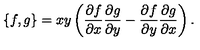
\{ f , g \} = x y \left( \frac { \partial f } { \partial x } \frac { \partial g } { \partial y } - \frac { \partial f } { \partial y } \frac { \partial g } { \partial x } \right) .